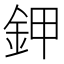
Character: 鉀